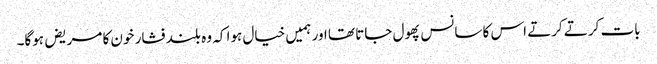
بات کرتے کرتے اس کا سانس پھول جاتا تھا اور ہمیں خیال ہوا کہ وہ بلند فشار خون کا مریض ہوگا۔